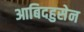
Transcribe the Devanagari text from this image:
आबिदहुसेन